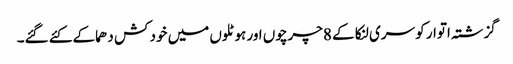
گزشتہ اتوار کو سری لنکا کے 8چرچوں اور ہوٹلوں میں خود کش دھماکے کئے گئے۔